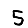
Digit: 5